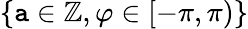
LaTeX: {\left\{ \mathtt{a}\in\mathbb{Z},\varphi\in[-\pi,\pi)\right\} }